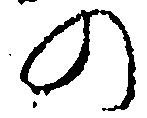
の